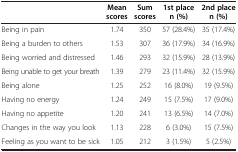
|  | Mean scores | Sum scores | 1st place n (%) | 2nd place n (%) |
 | --- | --- | --- | --- | --- |
 | Being in pain | 1.74 | 350 | 57 (28.4%) | 35 (17.4%) |
 | Being a burden to others | 1.53 | 307 | 36 (17.9%) | 34 (16.9%) |
 | Being worried and distressed | 1.46 | 293 | 32 (15.9%) | 28 (13.9%) |
 | Being unable to get your breath | 1.39 | 279 | 23 (11.4%) | 32 (15.9%) |
 | Being alone | 1.25 | 252 | 16 (8.0%) | 19 (9.5%) |
 | Having no energy | 1.24 | 249 | 15 (7.5%) | 17 (9.0%) |
 | Having no appetite | 1.20 | 241 | 13 (6.5%) | 14 (7.0%) |
 | Changes in the way you look | 1.13 | 228 | 6 (3.0%) | 15 (7.5%) |
 | Feeling as you want to be sick | 1.05 | 212 | 3 (1.5%) | 5 (2.5%) |